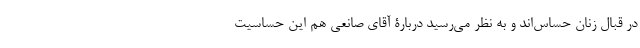
در قبال زنان حساس‌اند و به نظر می‌رسید دربارۀ آقای صانعی هم این حساسیت